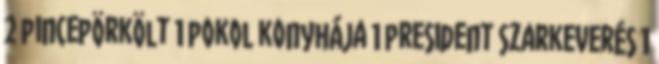
2 pincepörkölt 1 pokol konyhája 1 president szarkeverés 1